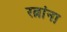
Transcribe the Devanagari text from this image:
रत्नांना